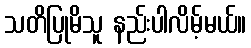
သတိပြုမိသူ နည်းပါလိမ့်မယ်။